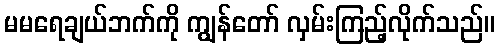
မမရေချယ်ဘက်ကို ကျွန်တော် လှမ်းကြည့်လိုက်သည်။